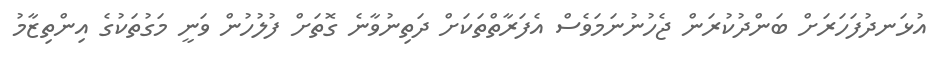
އުޅަނދުފަހަރަށް ބަންދުކުރަން ޖެހުނުނަމަވެސް އެފަރާތްތަކަށް ދަތިނުވާނެ ގޮތަށް ފުލުހުން ވަނީ މަގުތަކުގެ އިންތިޒާމު